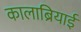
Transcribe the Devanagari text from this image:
कालाब्रियाई